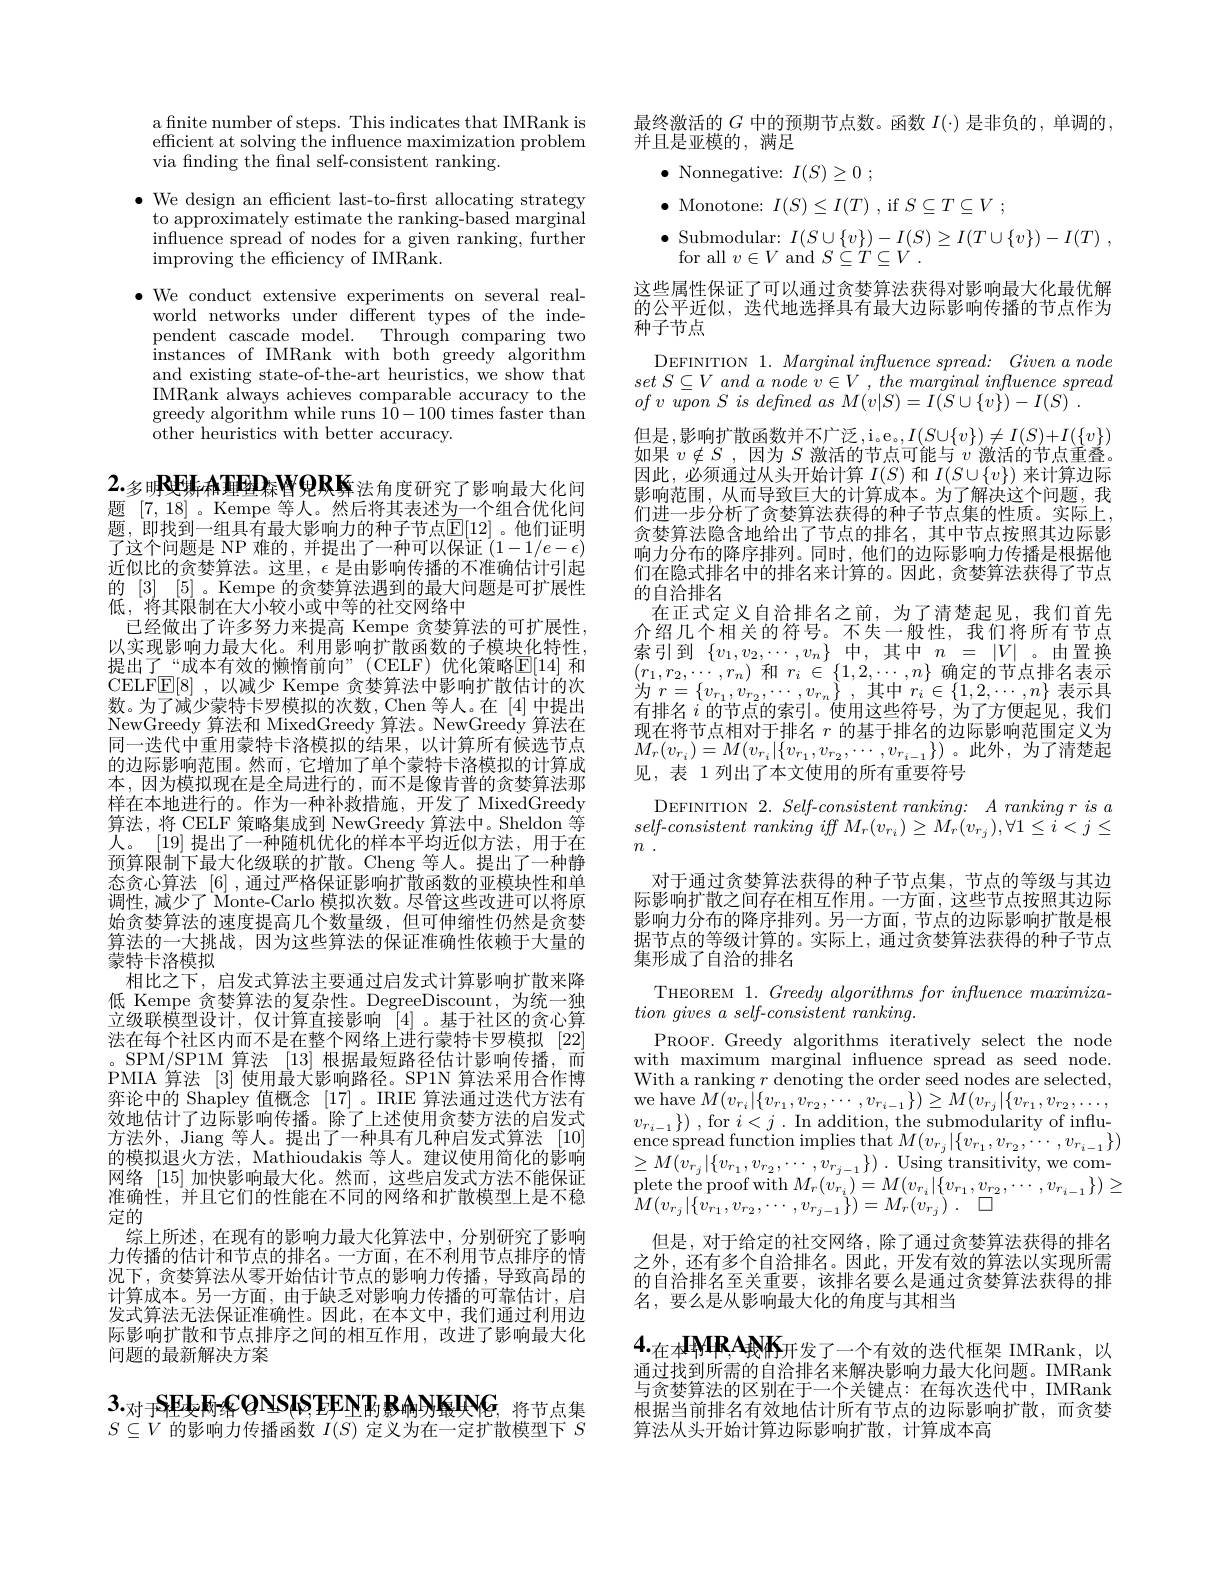
a fnite number of steps. This indicates that IMRank is efficient at solving the influence maximization problem via finding the final self-consistent ranking.

$\bullet$ We design an efficient last-to-first allocating strategy
to approximately estimate the ranking-based marginal infuence spread of nodes for a given ranking, further improving the effciency of IMRank.
$\bullet$ We conduct extensive experiments on several real-
world networks under different types of the independent cascade model. Through comparing two instances of IMRank with both greedy algorithm and existing state-of-the-art heuristics, we show that IMRank always achieves comparable accuracy to the greedy algorithm while runs $1\hat{0}-100$ times faster than other heuristics with better accuracy.

# 2.多明RE斯希理型RAY9RK$_\text{法角度研究了影响最大化问}$ 题[7,18] 。Kempe 等人。然后将其表述为一个组合优化问

题，即找到一组具有最大影响力的种子节点$\overline{\mathbb{E}}[12]$。他们证明$\begin{array}{l}\text{了这个问题是 NP 难的，并提出了一种可以保证 }(1-1/e-\epsilon)\\\text{近似比的贪婪算法。这里，}\epsilon\end{array}$ 的[3] [5] 。Kempe 的贪婪算法遇到的最大问题是可扩展性低，“将其限制在大小较小或中等的社交网络中
已经做出了许多努力来提高 Kempe 贪婪算法的可扩展性， 以实现影响力最大化。利用影响扩散函数的子模块化特性， 提出了“成本有效的懒惰前向”(CELF)优化策略[E]14] 和CELF$\overline{\mathbb{E}}[8]$,以减少 Kempe 贪婪算法中影响扩散估计的次数。为了减少蒙特卡罗模拟的次数，Chen 等人。在[4]中提出NewGreedy 算法。NewGreedy 第法在同一迭代中重用蒙特卡洛模拟的结果，以计算所有候选节点的边际影响范围。然而，它增加了单个蒙特卡洛模拟的计算成本，因为模拟现在是全局进行的，而不是像肯普的贪婪算法那样在本地进行的。作为一种补救措施，开发了 MixedGreedy 算法，将 CELF 策略集成到 NewGreedy 算法中。Sheldon 等人。[19] 提出了一种随机优化的样本平均近似方法，用于在预算限制下最大化级联的扩散。Cheng 等人。提出了一种静态贪心算法[6] ,通过严格保证影响扩散函数的亚模块性和单调性，减少了 Monte-Carlo 模拟次数。尽管这些改进可以将原始贪婪算法的速度提高几个数量级，但可伸缩性仍然是贪婪算法的一大挑战，因为这些算法的保证准确性依赖于大量的蒙特卡洛模拟
相比之下，启发式算法主要通过启发式计算影响扩散来降低 Kempe 贪婪算法的复杂性。DegreeDiscount,为统一独立级联模型设计，仅计算直接影响$^[4]$。基于社区的贪心算法在每个社区内而不是在整个网络上进行蒙特卡罗模拟 [22] 。SPM/SP1M 算法[13]根据最短路径估计影响传播，而PMIA 第法 [3]使用最大影响路径。SP1N 算法采用合作博弈论中的 Shapley 值概念[17] 。IRIE 算法通过迭代方法有效地估计了边际影响传播。除了上述使用贪婪方法的启发式方法外，Jiang 等人。提出了一种具有几种启发式算法 [10] 的模拟退火方法，Mathioudakis 等人。建议使用简化的影响网络[15]加快影响最大化。然而，这些启发式方法不能保证准确性，并且它们的性能在不同的网络和扩散模型上是不稳定的
综上所述，在现有的影响力最大化算法中，分别研究了影响力传播的估计和节点的排名。一方面，在不利用节点排序的情况下，贪婪算法从零开始估计节点的影响力传播，导致高昂的计算成本。另一方面，由于缺乏对影响力传播的可靠估计，启发式算法无法保证准确性。因此，在本文中，我们通过利用边际影响扩散和节点排序之间的相互作用，改进了影响最大化问题的最新解决方案
$3._\text{对于SELe W名QNSIS，EFNT,影响NKONG，将节点集}$

$S\subseteq V$的影响力传播函数$I(S)$定义为在一定扩散模型下$S$

## 们在隐式排名中的排名来计算的。因此，贪婪算法获得了节点的自治排名在正式定义自治排名之前，为了清楚起见，我们首先

$\begin{array}{l}\text{最终激活的 }G\text{ 中的预期节点数。函数 }I(\cdot)\text{ 是非负的，单调的}\\\text{并且是亚模的 },\text{ 满足}\end{array}$
$\bullet$ Nonnegative: $I( S) \geq 0$ ;
$\bullet$ Monotone: $I(S)\leq I(T)$ , if $S\subseteq T\subseteq V$ ;
$\bullet \operatorname { \mathrm{Submodular: ~}} I( S\cup \{ v\} ) - I( S) \geq I( T\cup \{ v\} ) - I( T)$ ,
for all $v\in V$ and $S\subseteq T\subseteq V$
这些属性保证了可以通过贪婪算法获得对影响最大化最优解的公平近似，迭代地选择具有最大边际影响传播的节点作为种子节点
DEFINITION $1. \textit{Marginal influence spread: Given a node}$ set $S\subseteq V$ and $a$ node $v\in V$ , the marginal influence spread ofv $\bar {up}on$ $S$ $is$ defined $as$ $M( v| S) = I( S\cup \{ v\} ) - I( S)$ .
$\begin{array}{l}\text{但是，影响扩散函数并不广泛，i。e}_{\mathrm{o}},I(S\cup\{v\})\neq I(S)+I(\{v\})\\\text{如果 }v\notin S\:,\text{因为 }S\text{ 激活的节点可能与 }v\text{ 激活的节点重叠。}\end{array}$ 因此，必须通过从头开始计算$I(S)$和$I(S\cup\{v\})$来计算边际影响范围，从而导致巨大的计算成本。为了解决这个问题，我们进一步分析了贪婪算法获得的种子节点集的性质。实际上， 贪婪算法隐含地给出了节点的排名，其中节点按照其边际影响力分布的降序排列。同时，他们的边际影响力传播是根据他介绍几个相关的符号。不失一般性，我们将所有节点索 引 到 $\{ v_{1}, v_{2}, \cdots , v_{n}\}$中 ,其 中 $n=$ $| V|$ 由 置 换 $( r_{1}, r_{2}, \cdots , r_{n})$ 和 $r_{i}\in \left \{ 1, 2, \cdots , n\right \}$确 定 的 节 点 排 名 表 示 为 $r= \left \{ v_{r_{1}}, v_{r_{2}}, \cdots , v_{r_{n}}\right \} $, 其 中 $r_{i}\in \left \{ 1, 2, \cdots , n\right \}$表 示 具有排名$i$的节点的索引。使用这些符号，为了方便起见，我们现在将节点相对于排名$r$的基于排名的边际影响范围定义为$M_{r}(v_{r_{i}})=M(v_{r_{i}}|\{v_{r_{1}},v_{r_{2}},\cdots,v_{r_{i-1}}\})$。此外，为了清楚起见，表 1 列出了本文使用的所有重要符号
DEFINITION $2. Self- consistentranking:$ $A\textit{ ranking r is a}$ $self-consistent\textit{ ranking iff M}_{r}(v_{r_i})\geq M_{r}(v_{r_j}),\forall1\leq i<j\leq$ $n$ .
对于通过贪婪算法获得的种子节点集，节点的等级与其边际影响扩散之间存在相互作用。一方面，这些节点按照其边际影响力分布的降序排列。另一方面，节点的边际影响扩散是根据节点的等级计算的。实际上，通过贪婪算法获得的种子节点集形成了自治的排名
THEOREM 1. Greedy algorithms for influence maximiza-
$tion\textit{ gives a self- consistent ranking. }$
PROOF. Greedy algorithms iteratively select the node with maximum marginal influence spread as seed node. With a ranking $r$ denoting the order seed nodes are selected, we have $M(v_{r_i}|\{v_{r_1},v_{r_2},\cdots,v_{r_{i-1}}\})\geq M(v_{r_j}|\{v_{r_1},v_{r_2},\ldots$, $\begin{array}{l}v_{r_{i-1}}\})\:,\:\mathrm{for~}i<j\:.\:\mathrm{In~addition,~the~submodularity~of~influ-}\\{\mathrm{ence~spread~function~implies~that~}M(v_{r_{j}}|\{v_{r_{1}},v_{r_{2}},\cdots,v_{r_{i-1}}\})}\end{array}$ $\begin{array}{l}{\geq M(v_{r_{j}}|\{v_{r_{1}},v_{r_{2}},\cdots,v_{r_{j-1}}\})\:.\:\mathrm{Using~transitivity,~we~com-}}\\{\mathrm{plete~the~proof~with~}M_{r}(v_{r_{i}})=M(v_{r_{i}}|\{v_{r_{1}},v_{r_{2}},\cdots,v_{r_{i-1}}\})\geq}\end{array}$ $\hat{M} ( v_{r_{j}}| \{ \hat{v_{r_{1}}} , v_{r_{2}}, \cdots , v_{r_{j- 1}}\} ) = M_{r}( v_{r_{j}})$ . $\square$
但是，对于给定的社交网络，除了通过贪婪算法获得的排名之外，还有多个自洽排名。因此，开发有效的算法以实现所需的自洽排名至关重要，该排名要么是通过贪婪算法获得的排名，要么是从影响最大化的角度与其相当
$4._{\text{在本}\mathbf{MR},\mathbf{AANK}_\text{开发了一个有效的迭代框架 IMRank,以}}$ 通过找到所需的自治排名来解决影响力最大化问题。IMRank 与贪婪算法的区别在于一个关键点：在每次迭代中，IMRank

根据当前排名有效地估计所有节点的边际影响扩散，而贪婪
算法从头开始计算边际影响扩散，计算成本高